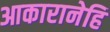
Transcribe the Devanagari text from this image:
आकारानेहि